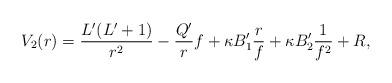
LaTeX: \begin{align*} V_2(r) = \frac{L'(L'+1)}{r^2} - \frac{Q'}{r}f + \kappa B'_1 \frac{r}{f} + \kappa B'_2 \frac{1}{f^2} + R,\end{align*}